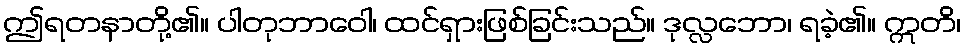
ဤရတနာတို့၏။ ပါတုဘာဝေါ၊ ထင်ရှားဖြစ်ခြင်းသည်။ ဒုလ္လဘော၊ ရခဲ့၏။ ဣတိ၊